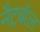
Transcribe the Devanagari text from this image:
नैटबॉल